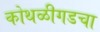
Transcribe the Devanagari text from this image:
कोथळीगडचा